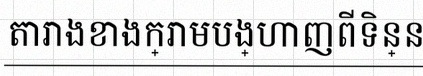
តារាងខាងក្រោមបង្ហាញពីទិន្នន័យ